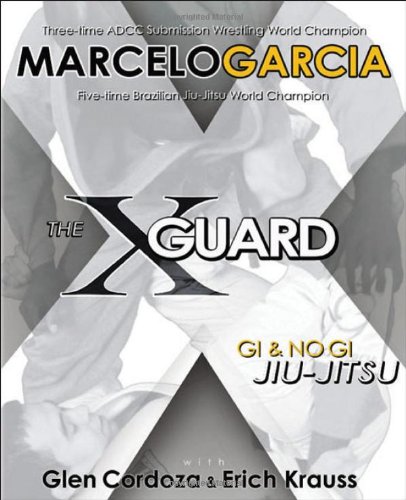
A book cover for The X-Guard: Gi & No Gi Jiu-Jitsu; Marcelo Garcia; Sports & Outdoors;